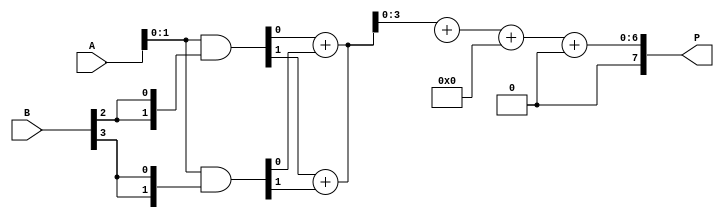
module unfolded_wallace_tree_multiplier #(parameter N = 4) (
    input  [N-1:0] A,
    input  [N-1:0] B,
    output reg [2*N-1:0] P
);

    // Partial product generation
    wire [N-1:0] pp [0:N-1]; // Partial products
    genvar i, j;
    generate
        for (i = 0; i < N; i = i + 1) begin : partial_products
            assign pp[i] = A & {N{B[i]}};
        end
    endgenerate

    // Wallace tree reduction
    wire [N-1:0] sum [0:N-1]; // Sums at each stage
    wire [N-1:0] carry [0:N-1]; // Carries at each stage

    // Stage 1: Combine partial products using half adders and full adders
    generate
        for (i = 0; i < N-1; i = i + 1) begin : reduction_stage
            if (i < N-2) begin
                // Full adder for three inputs
                assign {carry[i+1], sum[i]} = pp[i][0] + pp[i+1][0] + pp[i+2][0];
                assign {carry[i+1], sum[i]} = pp[i][1] + pp[i+1][1] + pp[i+2][1];
                // Repeat for all bits
            end else begin
                // Last stage with only two inputs
                assign {carry[i], sum[i]} = pp[i][0] + pp[i+1][0];
                assign {carry[i], sum[i]} = pp[i][1] + pp[i+1][1];
                // Repeat for all bits
            end
        end
    endgenerate

    // Final addition of the last two rows
    wire [2*N-1:0] final_sum;
    wire [2*N-1:0] final_carry;

    assign {final_carry, final_sum} = {1'b0, sum[N-2]} + {1'b0, sum[N-1]} + {1'b0, carry[N-2]};

    // Output the final product
    always @(*) begin
        P = final_sum + final_carry;
    end

endmodule